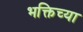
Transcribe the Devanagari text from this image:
भक्तिच्या